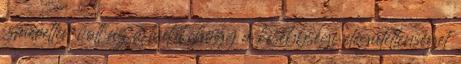
ismeretlen volt az a tudat, hogy a kisebbségi elégületlenséget